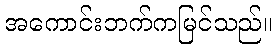
အကောင်းဘက်ကမြင်သည်။